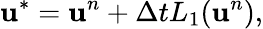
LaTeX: \mathbf{u}^{*}=\mathbf{u}^{n}+\Delta tL_{1}(\mathbf{u}^{n}),